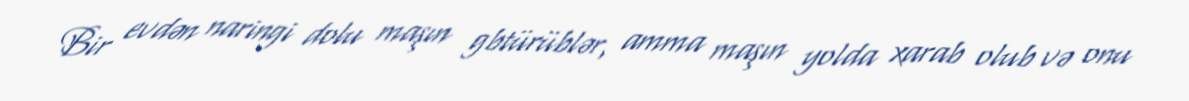
Bir evdən naringi dolu maşın gbtürüblər, amma maşın yolda xarab olub və onu